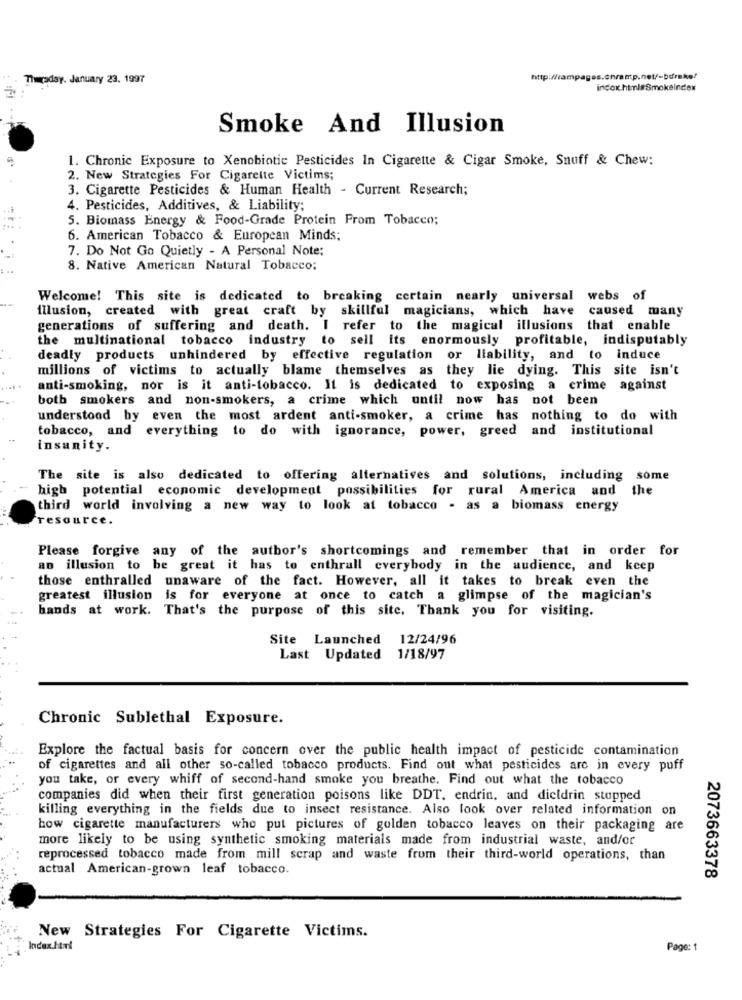
Thursday, January 23. 1997
incox html# Smokeindex
Smoke And Illusion
1. Chronic Exposure to Xenobiotic Pesticides In Cigarette & Cigar Smoke, Snuff & Chew:
2. New Strategies For Cigarette Victims;
3. Cigarette Pesticides & Human Health - Current Research;
4. Pesticides, Additives, & Liability;
5. Biomass Energy & Food-Grade Protein From Tobacco;
6. American Tobacco & European Minds;
7. Do Not Go Quietly - A Personal Note:
8. Native American Natural Tobacco:
Welcome! This site is dedicated to breaking certain nearly universal webs of
illusion, created with great craft by skillful magicians, which have caused many
generations of suffering and death. I refer to the magical illusions that enable
the multinational tobacco industry to sell its enormously profitable, indisputably
deadly products unhindered by effective regulation or liability, and to induce
millions of victims to actually blame themselves as they lie dying. This site isn't
anti-smoking, nor is it anti-tobacco. It is dedicated to exposing a crime against
both smokers and non-smokers, a crime which until now has not been
understood by even the most ardent anti-smoker, a crime has nothing to do with
tobacco, and everything to do with ignorance, power, greed and institutional
insanity.
The site is also dedicated to offering alternatives and solutions, including some
high potential economic development possibilities for rural America and the
third world involving a new way to look at tobacco - as a biomass energy
resource.
Please forgive any of the author's shortcomings and remember that in order for
an illusion to be great it has to enthrall everybody in the audience, and keep
those enthralled unaware of the fact. However, all it takes to break even the
greatest illusion is for everyone at once to catch a glimpse of the magician's
hands at work. That's the purpose of this site. Thank you for visiting.
Site Launched
12/24/96
Last Updated 1/18/97
Chronic Sublethal Exposure.
Explore the factual basis for concern over the public health impact of pesticide contamination
of cigarettes and all other so-called tobacco products. Find out what pesticides are in every puff
you take, or every whiff of second-hand smoke you breathe. Find out what the tobacco
companies did when their first generation poisons like DDT, endrin, and dieldrin stopped
killing everything in the fields due to insect resistance. Also look over related information on
how cigarette manufacturers who put pictures of golden tobacco leaves on their packaging are
more likely to be using synthetic smoking materials made from industrial waste, and/or
reprocessed tobacco made from mill scrap and waste from their third-world operations, than
actual American-grown leaf tobacco.
2073663378
New Strategies For Cigarette Victims.
Index.html
Page: 1